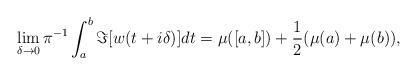
LaTeX: \begin{align*}\lim_{\delta\to0}\pi^{-1}\int_a^b\Im[ w(t+i\delta)]dt=\mu([a,b])+\frac{1}{2}(\mu(a)+\mu(b)), \end{align*}